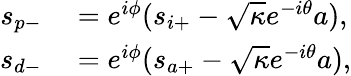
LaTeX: \begin{array}{rl}{s_{p-}}&{{}=e^{i\phi}(s_{i+}-\sqrt{\kappa}e^{-i\theta}a),}\\ {s_{d-}}&{{}=e^{i\phi}(s_{a+}-\sqrt{\kappa}e^{-i\theta}a),}\end{array}